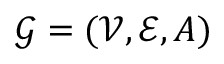
\mathcal { G } = ( \mathcal { V } , \mathcal { E } , A )